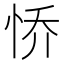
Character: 㤭